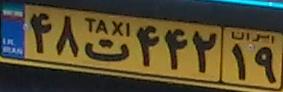
۴۸ت۴۴۲۱۹